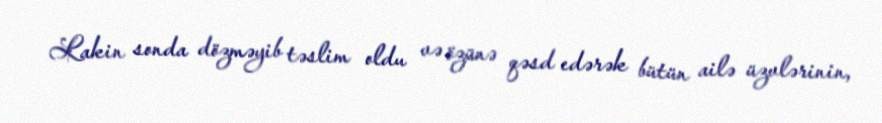
Lakin sonda dözməyib təslim oldu və özünə qəsd edərək bütün ailə üzvlərinin,